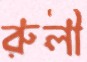
রুলী